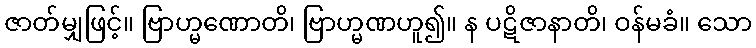
ဇာတ်မျှဖြင့်။ ဗြာဟ္မဏောတိ၊ ဗြာဟ္မဏဟူ၍။ န ပဋိဇာနာတိ၊ ဝန်မခံ။ သော